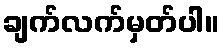
ချက်လက်မှတ်ပါ။